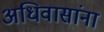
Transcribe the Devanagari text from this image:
अधिवासांना